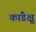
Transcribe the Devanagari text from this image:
कांडेक्षु